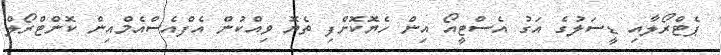
ޕެޓްރޯލާއި ޑީސަލުގެ އަގު އެސްޓީއޯ އިން ހެޔޮކޮށްފި ތެޔޮ ވިއްކުން އެފްއެސްއެމްއިން ކޮންޓްރޯލް